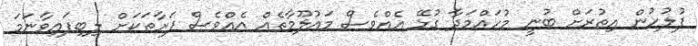
ފުލުހުން އިތުރަށް ބުނީ މުހައްމަދާ ގުޅޭ އެއްވެސް މައުލޫމާތެއް އެއްވެސް ފަރާތަކަށް ލިބިފައިވާނަމަ